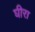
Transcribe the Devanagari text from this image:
घीरा